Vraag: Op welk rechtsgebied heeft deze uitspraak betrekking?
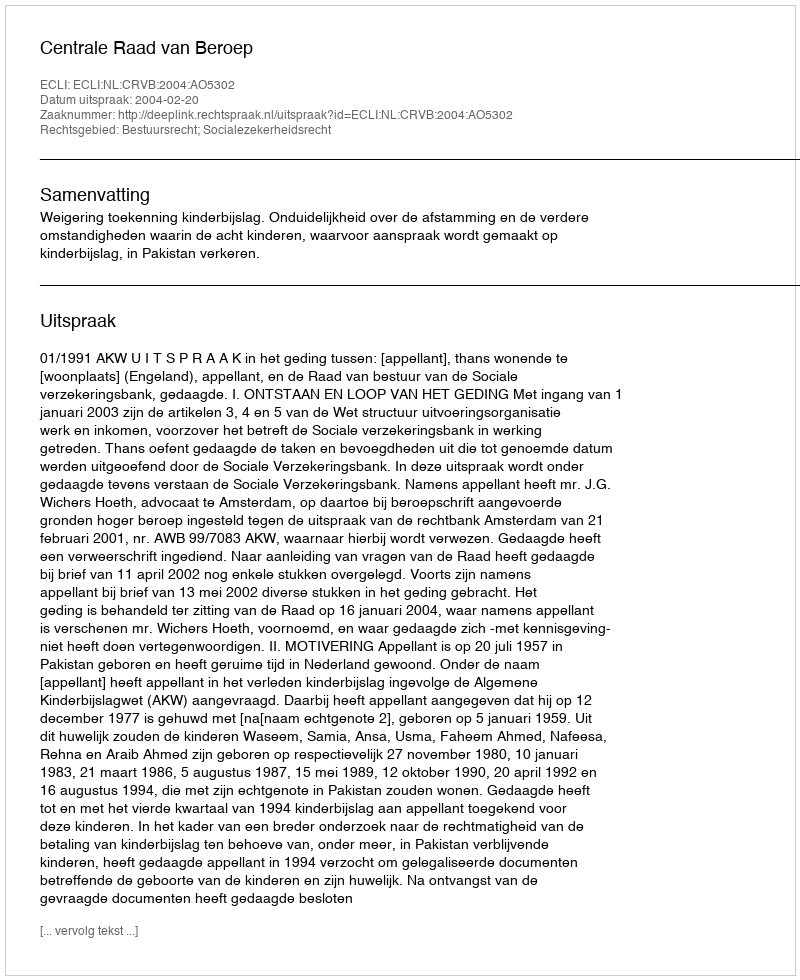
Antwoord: Bestuursrecht; Socialezekerheidsrecht